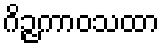
ဂိဉ္ဇကာဝသထာ